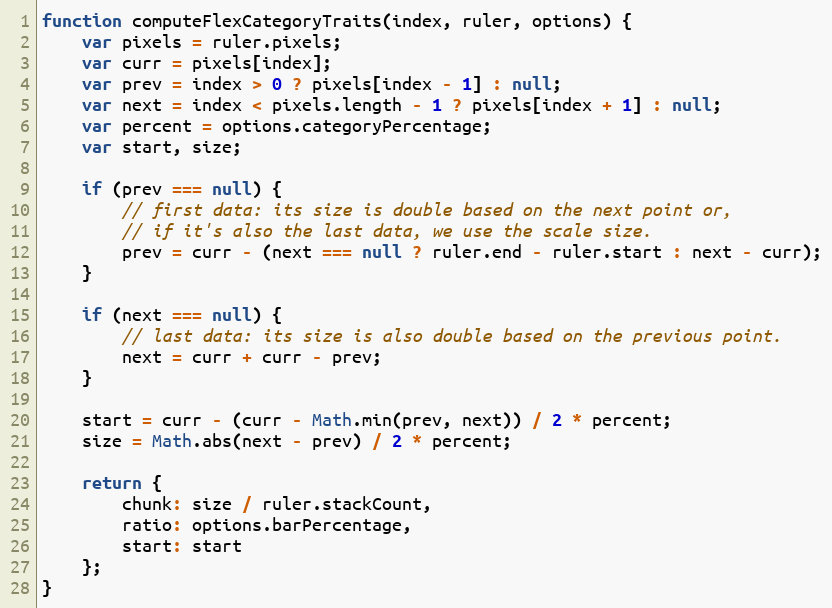
Language: JavaScript
function computeFlexCategoryTraits(index, ruler, options) {
	var pixels = ruler.pixels;
	var curr = pixels[index];
	var prev = index > 0 ? pixels[index - 1] : null;
	var next = index < pixels.length - 1 ? pixels[index + 1] : null;
	var percent = options.categoryPercentage;
	var start, size;

	if (prev === null) {
		// first data: its size is double based on the next point or,
		// if it's also the last data, we use the scale size.
		prev = curr - (next === null ? ruler.end - ruler.start : next - curr);
	}

	if (next === null) {
		// last data: its size is also double based on the previous point.
		next = curr + curr - prev;
	}

	start = curr - (curr - Math.min(prev, next)) / 2 * percent;
	size = Math.abs(next - prev) / 2 * percent;

	return {
		chunk: size / ruler.stackCount,
		ratio: options.barPercentage,
		start: start
	};
}